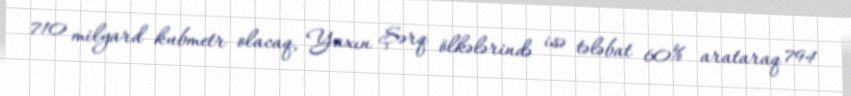
710 milyard kubmetr olacaq, Yaxın Şərq ölkələrində isə tələbat 60% arataraq 794